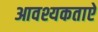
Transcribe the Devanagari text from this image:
आवश्यकताऐ